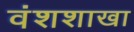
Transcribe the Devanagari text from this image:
वंशशाखा